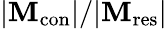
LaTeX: |\mathbf{M}_{\mathrm{{{con}}}}|/|\mathbf{M}_{\mathrm{{{res}}}}|